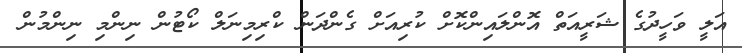
އަލީ ވަހީދުގެ ޝަރީއަތް އޮންލައިންކޮށް ކުރިއަށް ގެންދަން ކްރިމިނަލް ކޯޓުން ނިންމި ނިންމުން